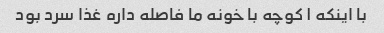
با اینکه ۱ کوچه با خونه ما فاصله داره غذا سرد بود